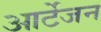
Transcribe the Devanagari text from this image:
आर्टेजन